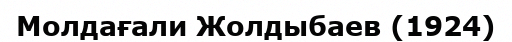
Молдағали Жолдыбаев (1924)